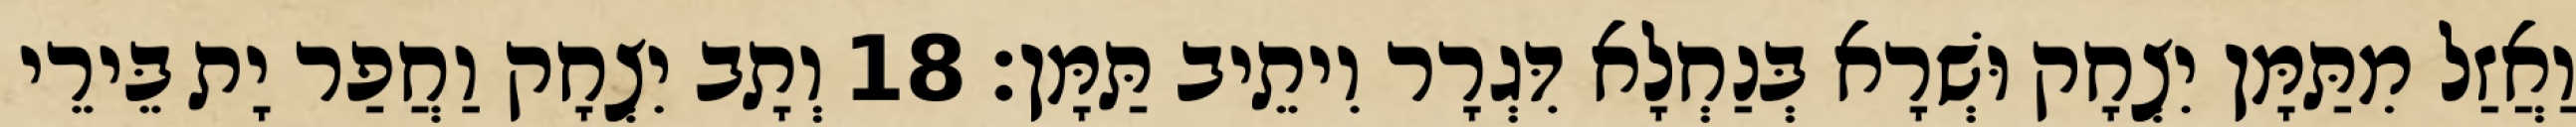
וַאֲזַל מִתַּמָּן יִצְחָק וּשְׁרָא בְּנַחְלָא דִּגְרָר וִיתֵיב תַּמָּן׃ 18 וְתָב יִצְחָק וַחֲפַר יָת בֵּירֵי